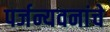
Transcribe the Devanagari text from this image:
पर्जन्यवनांचे